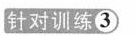
针对训练3